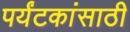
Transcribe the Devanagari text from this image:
पर्यंटकांसाठी